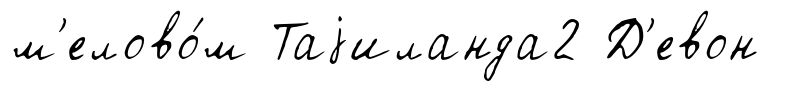
м'елово́м Таjиланда2 Д'евон